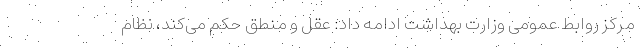
مرکز روابط عمومی وزارت بهداشت ادامه داد: عقل و منطق حکم می‌کند، نظام